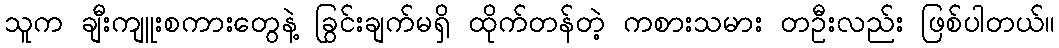
သူက ချီးကျူးစကားတွေနဲ့ ခြွင်းချက်မရှိ ထိုက်တန်တဲ့ ကစားသမား တဦးလည်း ဖြစ်ပါတယ်။